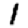
Digit: 1